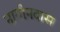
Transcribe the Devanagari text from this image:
नागीनदास